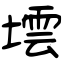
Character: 墵